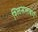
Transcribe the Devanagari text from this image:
श्लिसलबर्ग